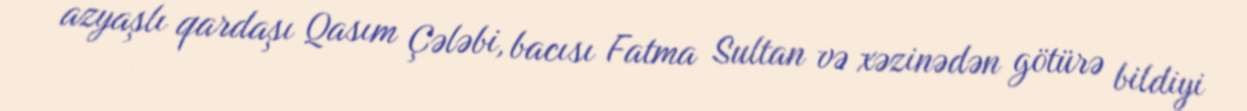
azyaşlı qardaşı Qasım Çələbi, bacısı Fatma Sultan və xəzinədən götürə bildiyi